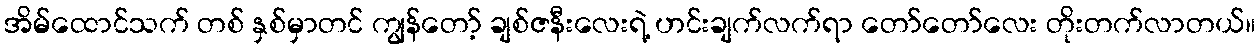
အိမ်ထောင်သက် တစ် နှစ်မှာတင် ကျွန်တော့် ချစ်ဇနီးလေးရဲ့ ဟင်းချက်လက်ရာ တော်တော်လေး တိုးတက်လာတယ်။